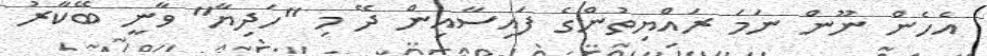
އެހެން ނޫން ނަމަ ރައްޔިތުންގެ ފައިސާއިން ދޭ މި "ހަދިޔާ" ވާނީ ބޭކާރު